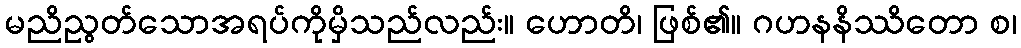
မညိညွတ်သောအရပ်ကိုမှိသည်လည်း။ ဟောတိ၊ ဖြစ်၏။ ဂဟနနိဿိတော စ၊